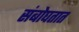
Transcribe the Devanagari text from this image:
संबोघतात